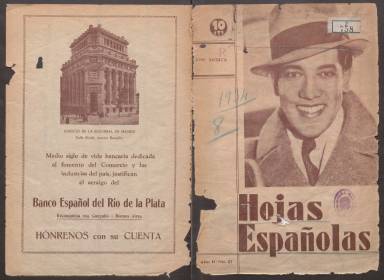
Título: Hojas españolas
Colección: Revistas de información general
Ámbito geográfico: Argentina
Lugar de publicación: Buenos Aires
Fechas: 01/03/1934-31/12/1934